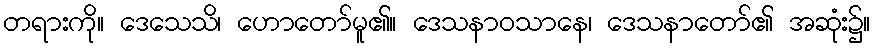
တရားကို။ ဒေသေသိ၊ ဟောတော်မူ၏။ ဒေသနာဝသာနေ၊ ဒေသနာတော်၏ အဆုံး၌။